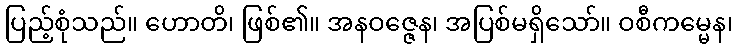
ပြည့်စုံသည်။ ဟောတိ၊ ဖြစ်၏။ အနဝဇ္ဇေန၊ အပြစ်မရှိသော်။ ဝစီကမ္မေန၊